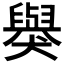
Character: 𬍋